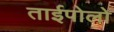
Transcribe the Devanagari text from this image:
ताईपोलो